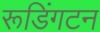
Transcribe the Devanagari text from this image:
रूडिंगटन